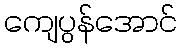
ကျေပွန်အောင်